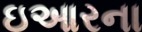
ઇઆરના